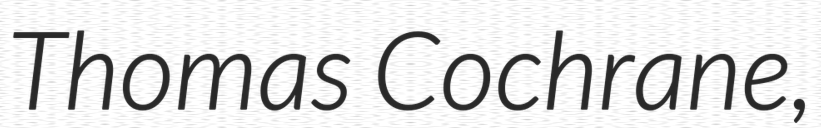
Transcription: Thomas Cochrane,